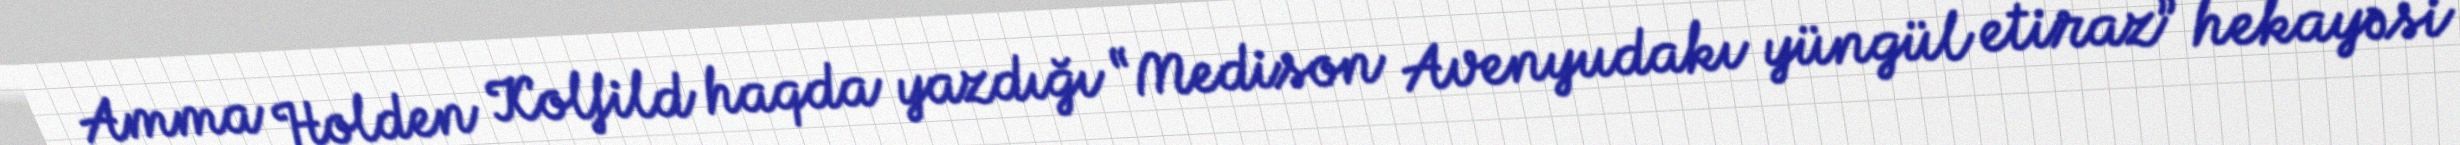
Amma Holden Kolfild haqda yazdığı “Medison Avenyudakı yüngül etiraz” hekayəsi